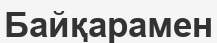
Байқарамен